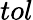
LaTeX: tol